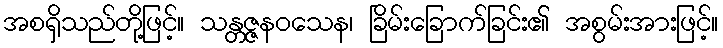
အစရှိသည်တို့ဖြင့်။ သန္တဇ္ဇနဝသေန၊ ခြိမ်းခြောက်ခြင်း၏ အစွမ်းအားဖြင့်။